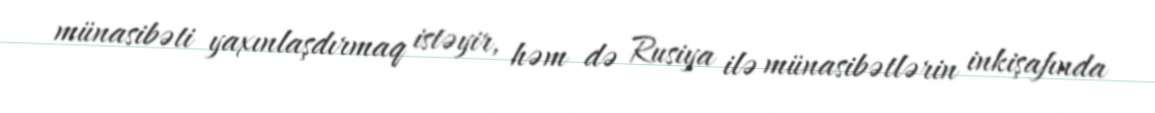
münasibəti yaxınlaşdırmaq istəyir, həm də Rusiya ilə münasibətlərin inkişafında